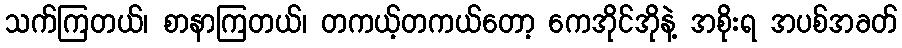
သက်ကြတယ်၊ စာနာကြတယ်၊ တကယ့်တကယ်တော့ ကေအိုင်အိုနဲ့ အစိုးရ အပစ်အခတ်